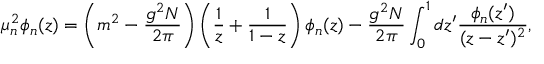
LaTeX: \mu _ { n } ^ { 2 } \phi _ { n } ( z ) = \left( m ^ { 2 } - \frac { g ^ { 2 } N } { 2 \pi } \right) \left( \frac { 1 } { z } + \frac { 1 } { 1 - z } \right) \phi _ { n } ( z ) - \frac { g ^ { 2 } N } { 2 \pi } \int _ { 0 } ^ { 1 } d z ^ { \prime } \frac { \phi _ { n } ( z ^ { \prime } ) } { ( z - z ^ { \prime } ) ^ { 2 } } ,